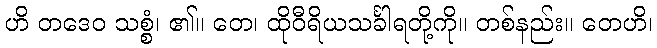
ဟိ တဒေဝ သစ္စံ၊ ၏။ တေ၊ ထိုဝီရိယသင်္ခါရတို့ကို။ တစ်နည်း။ တေဟိ၊